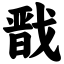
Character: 戬